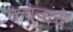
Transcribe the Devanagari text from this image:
कवनांचे